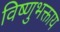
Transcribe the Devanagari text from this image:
विष्णुभक्ताय